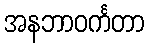
အနဘာဝင်္ကတာ